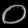
Digit: ၀